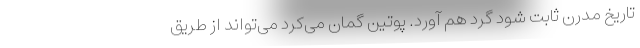
تاریخ مدرن ثابت شود گرد هم آورد. پوتین گمان می‌کرد می‌تواند از طریق